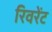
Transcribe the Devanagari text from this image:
रिवरेंट